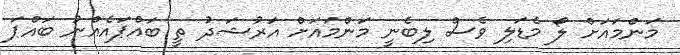
މަންމައަށް ލޯ މެޑަލި ވެސް ލިބެނީ މަންމައަށް އަރުޝަދު ތީ ބައްޕައެއްނު ބައްޕަ